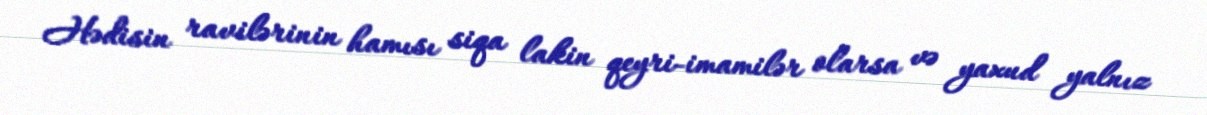
Hədisin ravilərinin hamısı siqa lakin qeyri-imamilər olarsa və yaxud yalnız